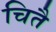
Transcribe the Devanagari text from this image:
चितै